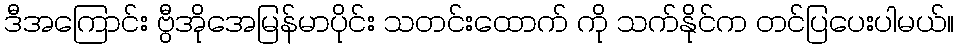
ဒီအကြောင်း ဗွီအိုအေမြန်မာပိုင်း သတင်းထောက် ကို သက်နိုင်က တင်ပြပေးပါမယ်။